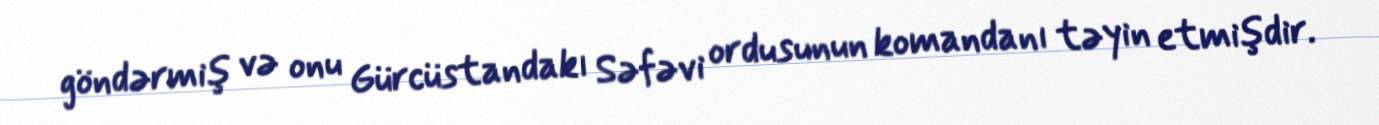
göndərmiş və onu Gürcüstandakı Səfəvi ordusunun komandanı təyin etmişdir.